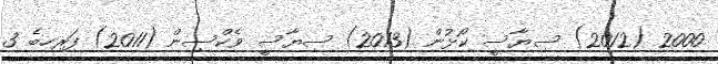
2000 (2012) ސިޔާސީ ކޯޅުން (2013) ސިޔާސީ ވެކްސިން (2011) ފަރިހިބެ 3